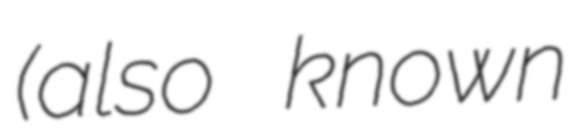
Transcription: (also known